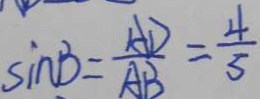
\sin B = \frac { A D } { A B } = \frac { 4 } { 5 }